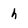
Character: h